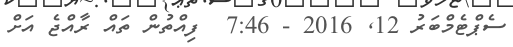
ސެޕްޓެމްބަރު 12